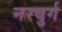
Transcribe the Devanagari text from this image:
नरबुर्ग